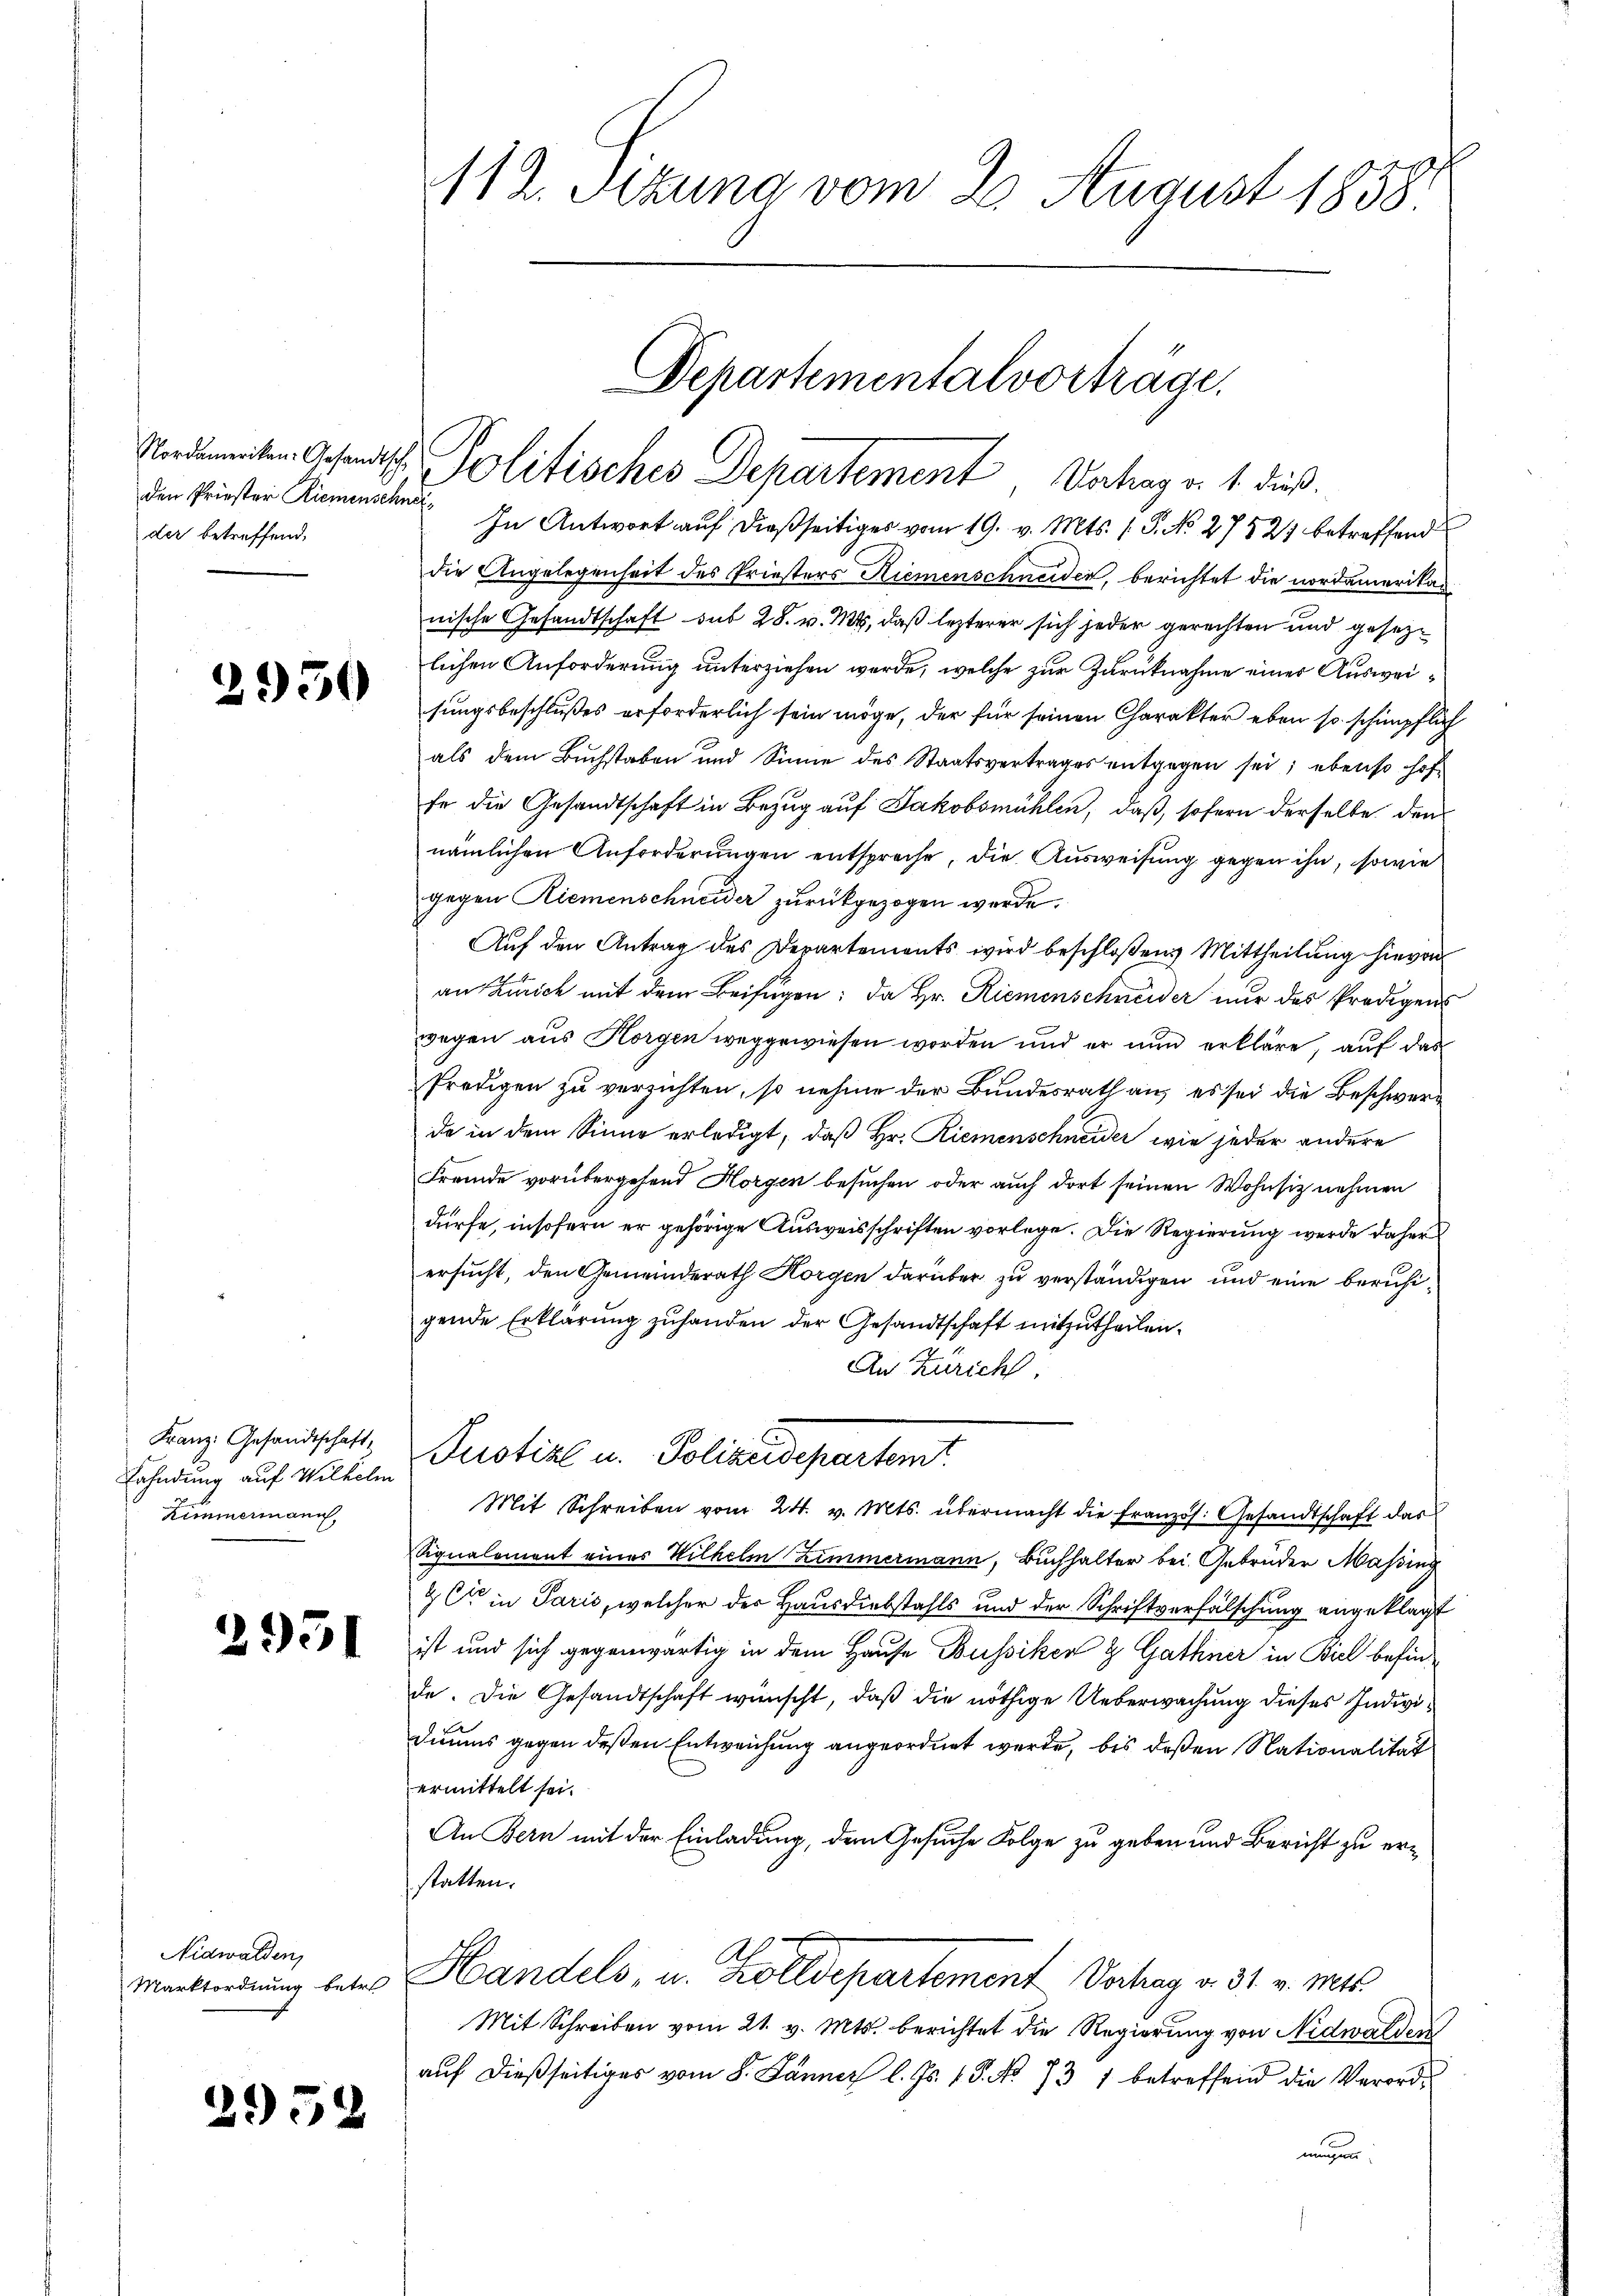
den Priester Riemenschnet
der betreffend,

2950

Franz: Gesandtschaft,
Fahndung auf Wilhelm
Zimmermann

2951

Nidwalden,
Marktordnung betr.

2952

112. Sitzung vom 2. August 1858

Departementalvorträge.
Nidementen Gesandtsch Politisches Departement Verhag v. 1. dieß

In Antwort auf dießseitiges vom 19. v. Mts. 1. P. No 27521 betreffend
die Angelegenheit des Priesters Riemenschneiden, berichtet die nordamerikan
nische Gesandtschaft sub 28. v. Mts, daß lezterer sich jeder gerechten und gesezlichen Anforderung unterziehen werde, welche zur Zurücknahme einer Ausweisungsbeschlußes erforderlich sein möge, der für seinen Charakter eben so schimpflich
als dem Buchstaben und Sinne des Staatsvertrages entgegen sei; ebenso hof-
fe die Gesandtschaft in Bezug auf Jakobsmühlen, daß sofern derselbe den
nämlichen Anforderungen entspreche, die Ausweisung gegen ihn, sowie
gegen Riemenschneider zurückgezogen werde.
Auf den Antrag des Departements wird beschloßens Mittheilung hievon
an Zürich mit dem Beifügen; da Hr. Riemenschneider nur das Predigens
wegen aus Horgen weggewiesen worden und er nun erkläre, auf das
frödigen zu verzichten, so nehme der Bundesrath an, es sei die Beschwerde in dem Sinne erledigt, daß Hr. Riemenschneider, wie jeder andere
Fremde vorübergehend Horgen besuchen oder auch dort seinen Wohnsiz nehmen
dürfe, insofern er gehörige Ausweisschriften vorlege. Die Regierung werde daher
ersucht, den Gemeinderath Horgen darüber zu verständigen und eine beruhigende Erklärung zufanden der Gesandtschaft mitzutheilen.
An Zürich
Pustiz u. Polizeidepartent
Mit Schreiben vom 24. v. Mts. übermacht die Französ. Gesandtschaft das
Signalement einer Wilhelm Zimmermann, Buchhalter bei Gebrüder Massing
& Cie in Paris, welcher der Hausdiebstahls und der Schriftverfälschung angeklagt
ist und sich gegenwärtig in dem Hause Bussiken & Gathner in Biel befinde. Die Gesandtschaft wünscht, daß die nöthige Ueberwachung dieses Individinus gegen deßen Entweichung angeordnet werde, bis deßen Nationalität
ermittelt sei.
An Bern mit der Einladung, dem Gesuche Folge zu geben und Bericht zu erstatten.
Handels, u. Zolldepartement Verhag v. 31. v. Mts.
Mit Schreiben vom 21. v. Mts. berichtet die Regierung von Nidwalden
auf dießseitiges vom 8. Jänner l. Js. v. P. No 737 betreffend die Verordmungen